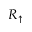
R _ { \uparrow }